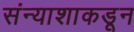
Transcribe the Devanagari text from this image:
संन्याशाकडून